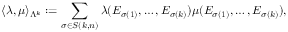
\langle \lambda , \mu \rangle _ { \Lambda ^ { k } } : = \sum _ { \sigma \in S ( k , n ) } \lambda ( E _ { \sigma ( 1 ) } , \ldots , E _ { \sigma ( k ) } ) \mu ( E _ { \sigma ( 1 ) } , \ldots , E _ { \sigma ( k ) } ) ,